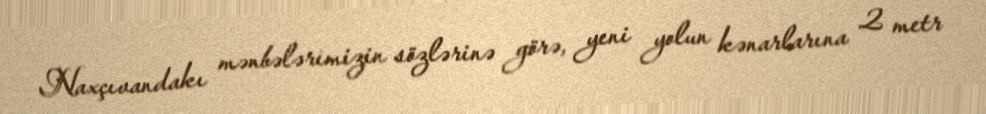
Naxçıvandakı mənbələrimizin sözlərinə görə, yeni yolun kənarlarına 2 metr